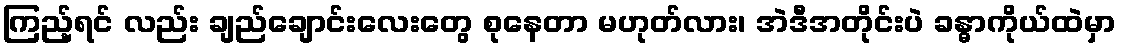
ကြည့်ရင် လည်း ချည်ချောင်းလေးတွေ စုနေတာ မဟုတ်လား၊ အဲဒီအတိုင်းပဲ ခန္ဓာကိုယ်ထဲမှာ